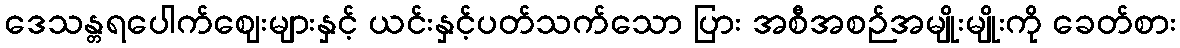
ဒေသန္တရပေါက်ဈေးများနှင့် ယင်းနှင့်ပတ်သက်သော ပြား အစီအစဉ်အမျိုးမျိုးကို ခေတ်စား